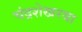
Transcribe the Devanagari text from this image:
चंद्रशेखरया